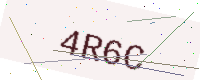
Text: 4R6C